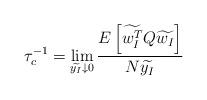
LaTeX: \begin{align*}\tau_{c}^{-1}=\lim_{\widetilde{y_{I}}\downarrow0}\frac{E\left[ \widetilde{w_{I}^{T}}Q\widetilde{w_{I}}\right] }{N\widetilde{y_{I}}} \end{align*}